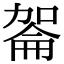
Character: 嗧